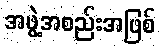
အဖွဲ့အစည်းအဖြစ်